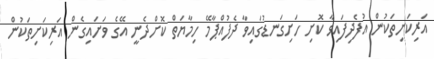
އަރިކަށިތަކުން އުފެދިފައިވާ ކޮށި ހަށިގަނޑުގައިވާ ދެފުއްޕާމޭ ހިމާޔަތް ކޮށްދެނީ އޭގެ ވަށައިގެން އަރިކަށިތަކުން